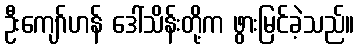
ဦးကျော်ဟန် ဒေါ်သိန်းတို့က ဖွားမြင်ခဲ့သည်။